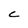
Character: C